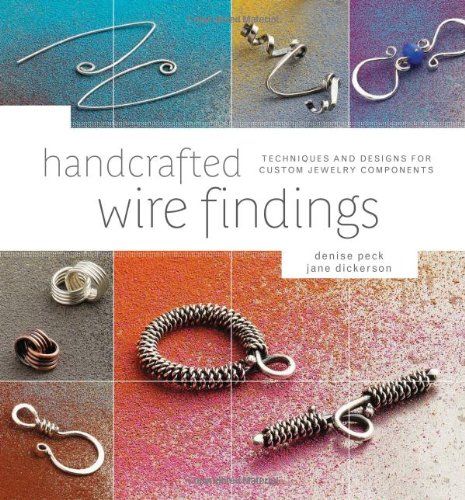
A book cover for Handcrafted Wire Findings: Techniques and Designs for Custom Jewelry Components; Denise Peck; Crafts, Hobbies & Home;